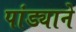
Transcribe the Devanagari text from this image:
पांड्याने